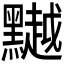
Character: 𪒥